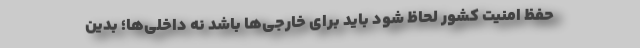
حفظ امنیت کشور لحاظ شود باید برای خارجی‌ها باشد نه داخلی‌ها؛ بدین